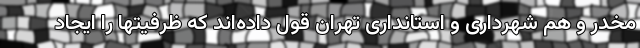
مخدر و هم شهرداری و استانداری تهران قول داده‌اند که ظرفیتها را ایجاد